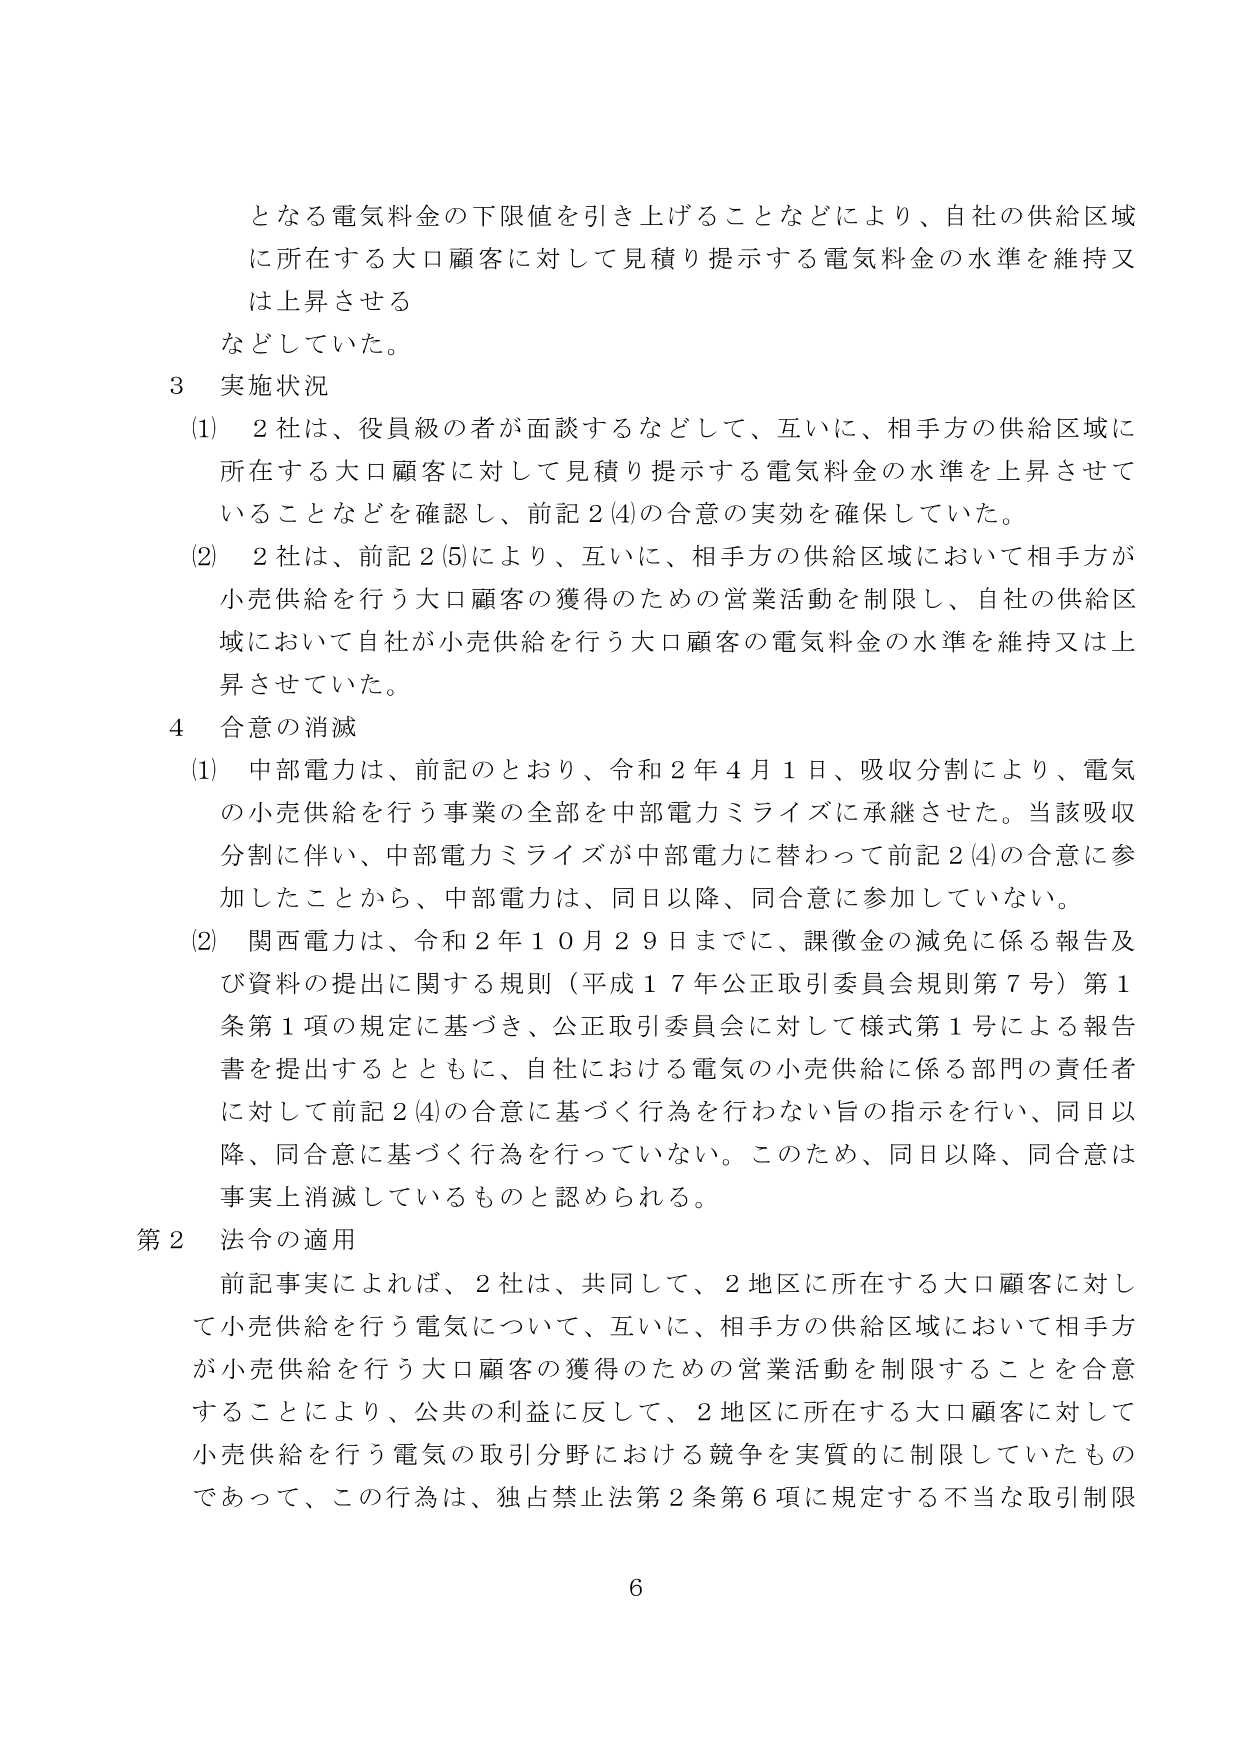
となる電気料金の下限値を引き上げることなどにより、自社の供給区域
に所在する大口顧客に対して見積り提示する電気料金の水準を維持又
は上昇させる
などしていた。

3 実施状況
(1) 2社は、役員級の者が面談するなどして、互いに、相手方の供給区域に
所在する大口顧客に対して見積り提示する電気料金の水準を上昇させて
いることなどを確認し、前記2(4)の合意の実効を確保していた。
(2) 2社は、前記2(5)により、互いに、相手方の供給区域において相手方が
小売供給を行う大口顧客の獲得のための営業活動を制限し、自社の供給区
域において自社が小売供給を行う大口顧客の電気料金の水準を維持又は上
昇させていた。

4 合意の消滅
(1) 中部電力は、前記のとおり、令和2年4月1日、吸収分割により、電気
の小売供給を行う事業の全部を中部電力ミライズに承継させた。当該吸収
分割に伴い、中部電力ミライズが中部電力に替わって前記2(4)の合意に参
加したことから、中部電力は、同日以降、同合意に参加していない。
(2) 関西電力は、令和2年10月29日までに、課徴金の減免に係る報告及
び資料の提出に関する規則（平成17年公正取引委員会規則第7号）第1
条第1項の規定に基づき、公正取引委員会に対して様式第1号による報告
書を提出するとともに、自社における電気の小売供給に係る部門の責任者
に対して前記2(4)の合意に基づく行為を行わない旨の指示を行い、同日以
降、同合意に基づく行為を行っていない。このため、同日以降、同合意は
事実上消滅しているものと認められる。

第2 法令の適用
前記事実によれば、2社は、共同して、2地区に所在する大口顧客に対し
て小売供給を行う電気について、互いに、相手方の供給区域において相手方
が小売供給を行う大口顧客の獲得のための営業活動を制限することを合意
することにより、公共の利益に反して、2地区に所在する大口顧客に対して
小売供給を行う電気の取引分野における競争を実質的に制限していたもの
であって、この行為は、独占禁止法第2条第6項に規定する不当な取引制限

6